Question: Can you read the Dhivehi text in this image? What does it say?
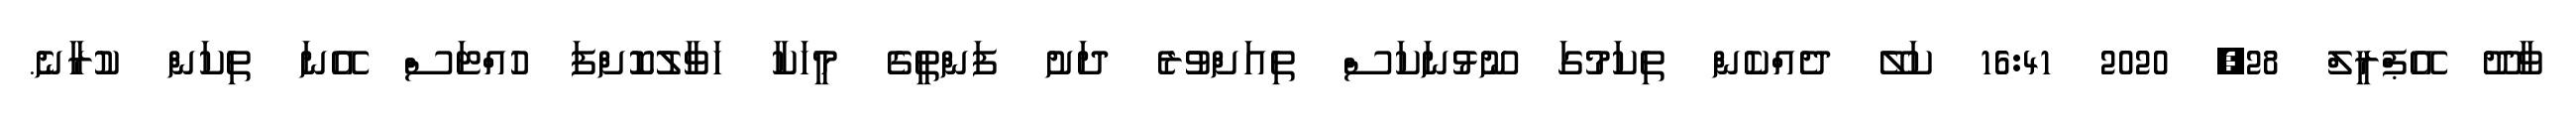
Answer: ވާދޫ އޭޕްރީލް 28, 2020 16:41 ކަލޭ ދެއްކެން ތިކަމުގަ ނޫޅުނަކަސް ތިއަށްވުރެ ދަށު ފަންތީގެ މީހަކާ ހަވާލުކޮށްފަ ހުއްޓަސް އޭނަ ތިކަން ކުރާނެ.